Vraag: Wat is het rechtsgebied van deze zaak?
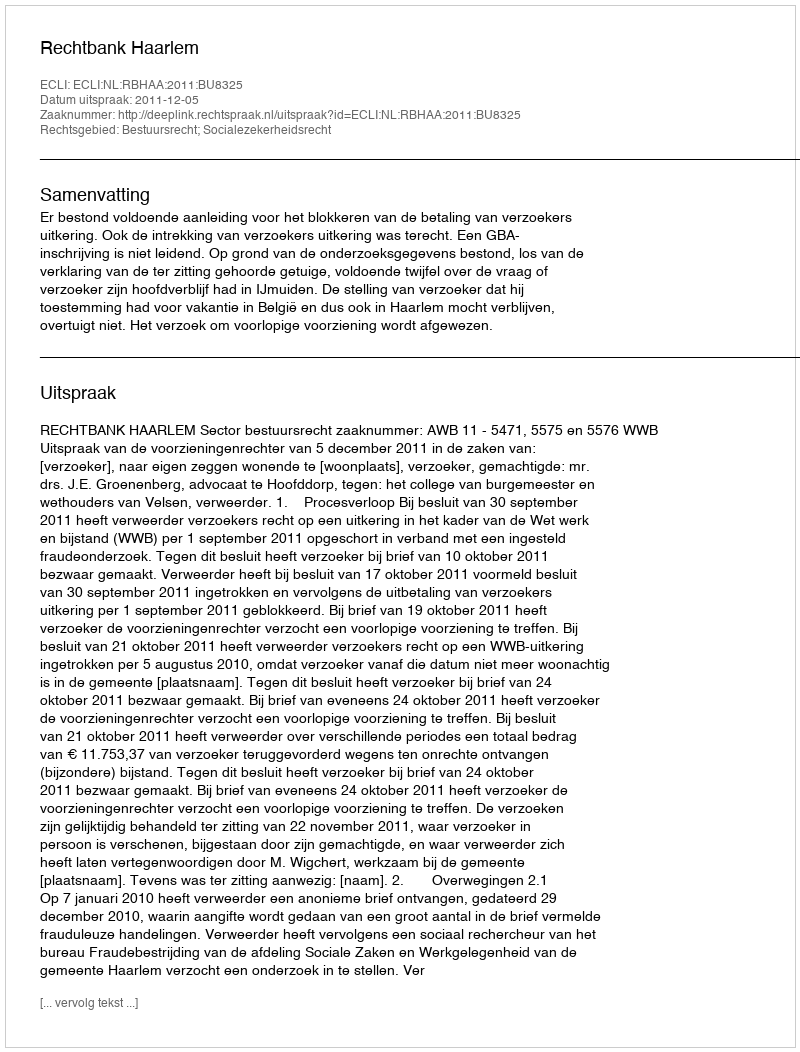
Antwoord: Bestuursrecht; Socialezekerheidsrecht